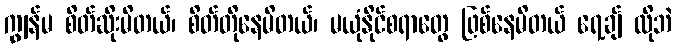
ကျွန်မ စိတ်ဆိုးမိတယ်၊ စိတ်တိုနေမိတယ်၊ မယုံနိုင်စရာတွေ ဖြစ်နေမိတယ် ရေ့ချ် လိုဘဲ